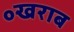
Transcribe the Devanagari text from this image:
॰खराब